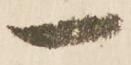
一